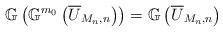
LaTeX: \begin{align*}\mathbb{G} \left( \mathbb{G}^{m_0} \left(\overline U_{M_n,n} \right) \right)= \mathbb{G} \left(\overline U_{M_n,n} \right)\end{align*}